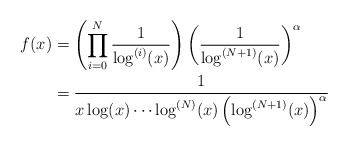
\begin{align*}f(x) &= \left(\prod_{i = 0}^N \frac{1}{\log^{(i)}(x)}\right)\left(\frac{1}{\log^{(N + 1)}(x)}\right)^\alpha\\&= \frac{1}{x\log(x)\cdots \log^{(N)}(x) \left(\log^{(N + 1)}(x)\right)^\alpha}\end{align*}